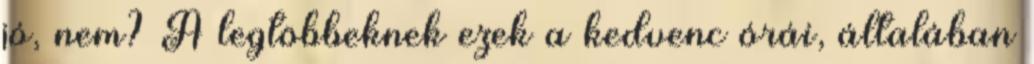
jó, nem? A legtöbbeknek ezek a kedvenc órái, általában